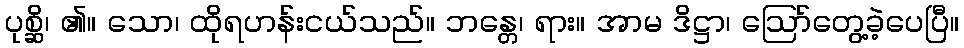
ပုစ္ဆိ၊ ၏။ သော၊ ထိုရဟန်းငယ်သည်။ ဘန္တေ၊ ရား။ အာမ ဒိဋ္ဌာ၊ ဩော်တွေ့ခဲ့ပေပြီ။